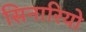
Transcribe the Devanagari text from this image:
सिनारियो